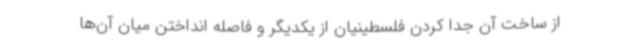
از ساخت آن جدا کردن فلسطینیان از یکدیگر و فاصله انداختن میان آن‌ها